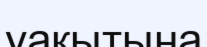
уақытына